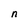
Character: n